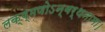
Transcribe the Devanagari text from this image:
लक्ष्मणोऽन्वर्थनामा।